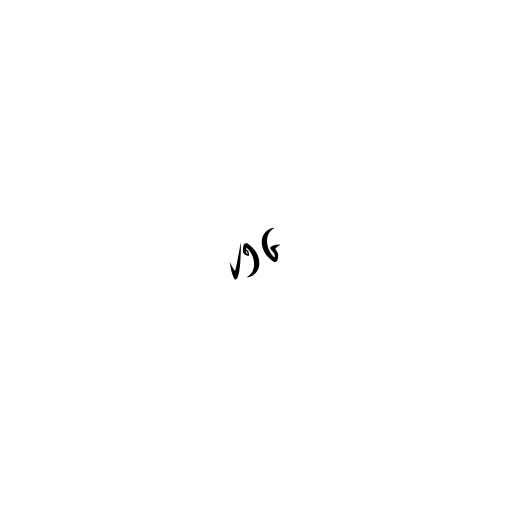
၂၅၆